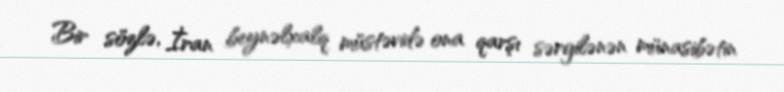
Bir sözlə, İran beynəlxalq müstəvidə ona qarşı sərgilənən münasibətin